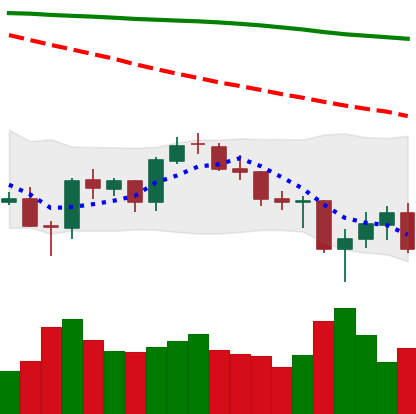
Ticker: BTC-USD
Chart end date: 2021-06-25
Forward return: 10.756%
Label: up_7plus